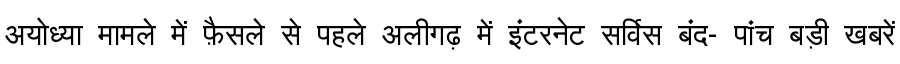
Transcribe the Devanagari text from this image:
अयोध्या मामले में फ़ैसले से पहले अलीगढ़ में इंटरनेट सर्विस बंद- पांच बड़ी खबरें